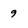
Character: 9